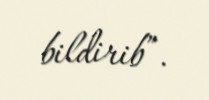
bildirib”.